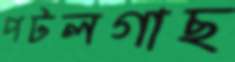
পটলগাছ